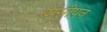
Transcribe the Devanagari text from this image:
बासीपन